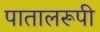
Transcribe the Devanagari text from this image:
पातालरूपी